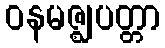
ဝနမဇ္ဈပတ္တာ